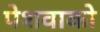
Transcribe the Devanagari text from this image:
पेशवाको